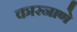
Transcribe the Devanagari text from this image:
कारनाणे